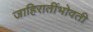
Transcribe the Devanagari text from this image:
जाहिरातींभोवती